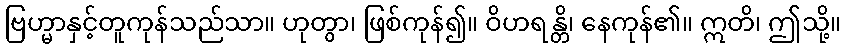
ဗြဟ္မာနှင့်တူကုန်သည်သာ။ ဟုတွာ၊ ဖြစ်ကုန်၍။ ဝိဟရန္တိ၊ နေကုန်၏။ ဣတိ၊ ဤသို့။